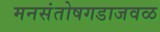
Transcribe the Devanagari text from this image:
मनसंतोषगडाजवळ